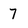
Character: 7